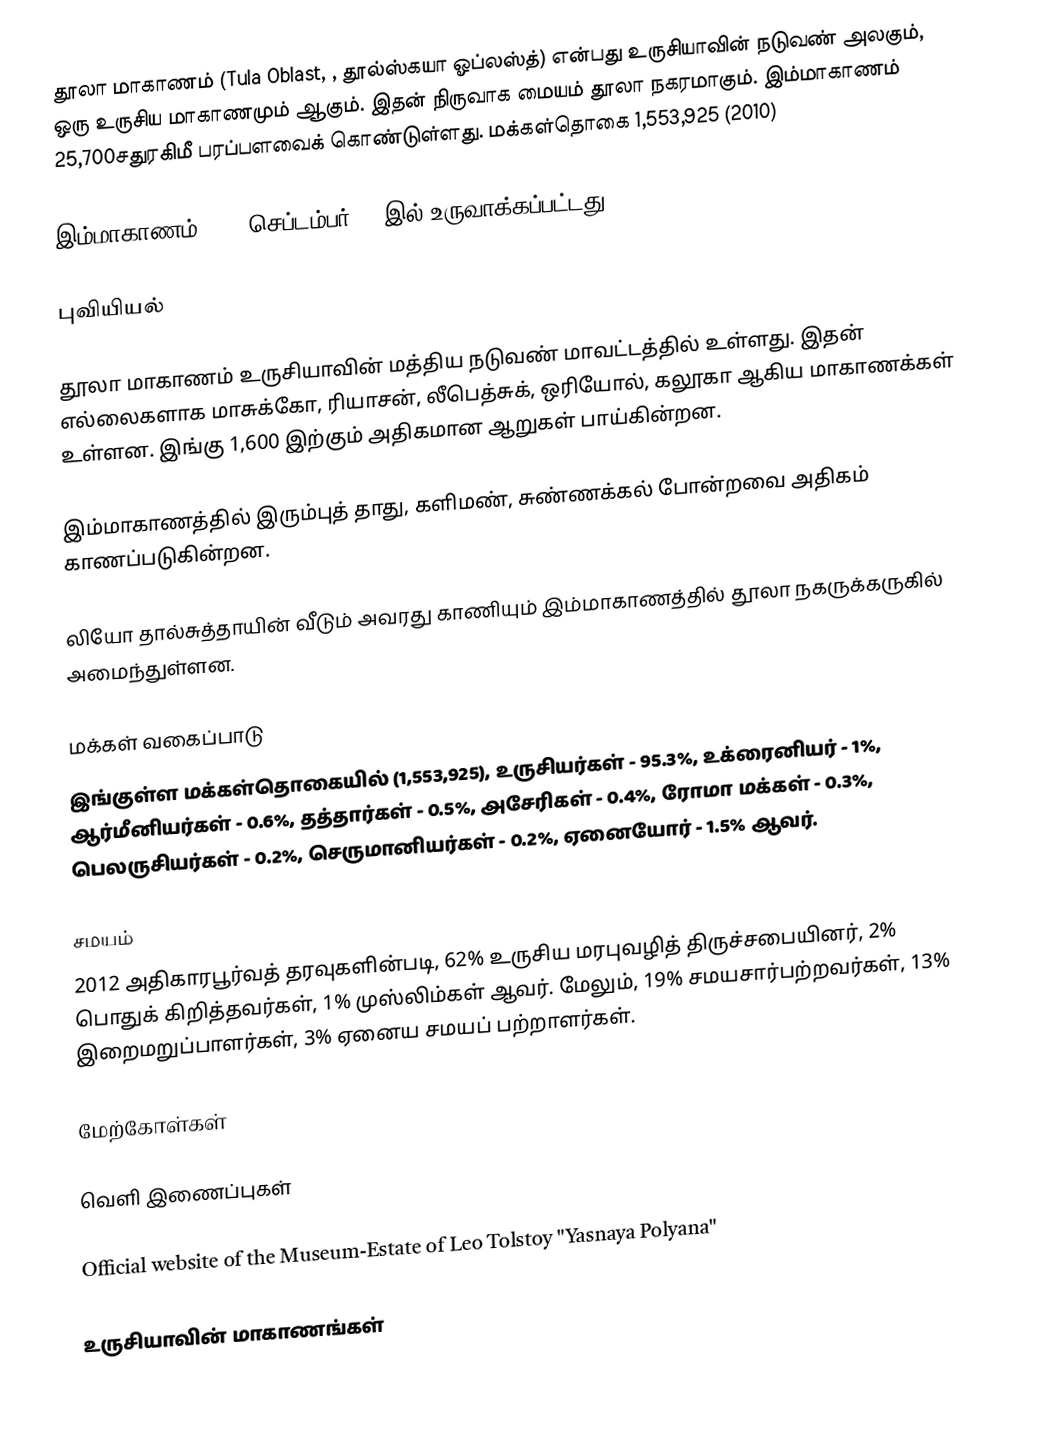
தூலா மாகாணம் (Tula Oblast, , தூல்ஸ்கயா ஓப்லஸ்த்) என்பது உருசியாவின் நடுவண் அலகும், ஒரு உருசிய மாகாணமும் ஆகும். இதன் நிருவாக மையம் தூலா நகரமாகும். இம்மாகாணம் 25,700சதுரகிமீ பரப்பளவைக் கொண்டுள்ளது. மக்கள்தொகை 1,553,925 (2010)

இம்மாகாணம் 1937 செப்டம்பர் 26 இல் உருவாக்கப்பட்டது.

புவியியல்

தூலா மாகாணம் உருசியாவின் மத்திய நடுவண் மாவட்டத்தில் உள்ளது. இதன் எல்லைகளாக மாசுக்கோ, ரியாசன், லீபெத்சுக், ஒரியோல், கலூகா ஆகிய மாகாணக்கள் உள்ளன. இங்கு 1,600 இற்கும் அதிகமான ஆறுகள் பாய்கின்றன.

இம்மாகாணத்தில் இரும்புத் தாது, களிமண், சுண்ணக்கல் போன்றவை அதிகம் காணப்படுகின்றன.

லியோ தால்சுத்தாயின் வீடும் அவரது காணியும் இம்மாகாணத்தில் தூலா நகருக்கருகில் அமைந்துள்ளன.

மக்கள் வகைப்பாடு
இங்குள்ள மக்கள்தொகையில் (1,553,925), உருசியர்கள் - 95.3%, உக்ரைனியர் - 1%, ஆர்மீனியர்கள் - 0.6%, தத்தார்கள் - 0.5%, அசேரிகள் - 0.4%, ரோமா மக்கள் - 0.3%, பெலருசியர்கள் - 0.2%, செருமானியர்கள் - 0.2%, ஏனையோர் - 1.5% ஆவர்.

சமயம்
2012 அதிகாரபூர்வத் தரவுகளின்படி, 62% உருசிய மரபுவழித் திருச்சபையினர், 2% பொதுக் கிறித்தவர்கள், 1% முஸ்லிம்கள் ஆவர். மேலும், 19% சமயசார்பற்றவர்கள், 13% இறைமறுப்பாளர்கள், 3% ஏனைய சமயப் பற்றாளர்கள்.

மேற்கோள்கள்

வெளி இணைப்புகள்

Official website of the Museum-Estate of Leo Tolstoy "Yasnaya Polyana"

உருசியாவின் மாகாணங்கள்